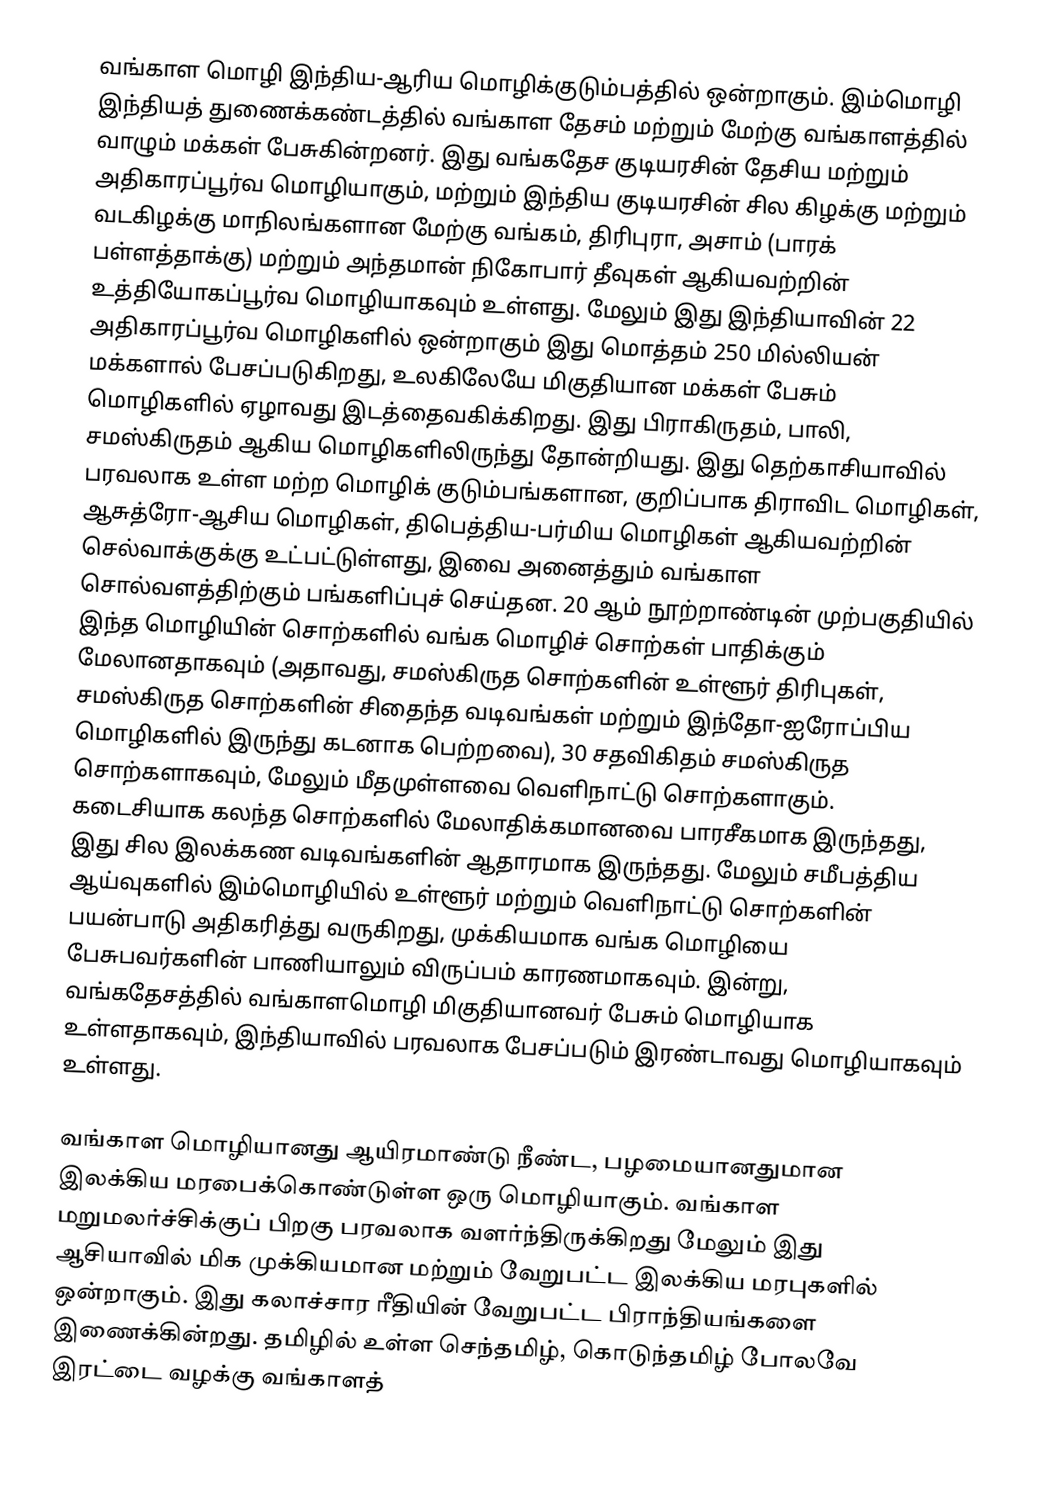
வங்காள மொழி இந்திய-ஆரிய மொழிக்குடும்பத்தில் ஒன்றாகும். இம்மொழி இந்தியத் துணைக்கண்டத்தில் வங்காள தேசம் மற்றும் மேற்கு வங்காளத்தில் வாழும் மக்கள் பேசுகின்றனர். இது வங்கதேச குடியரசின் தேசிய மற்றும் அதிகாரப்பூர்வ மொழியாகும், மற்றும் இந்திய குடியரசின் சில கிழக்கு மற்றும் வடகிழக்கு மாநிலங்களான மேற்கு வங்கம், திரிபுரா, அசாம் (பாரக் பள்ளத்தாக்கு) மற்றும் அந்தமான் நிகோபார் தீவுகள் ஆகியவற்றின் உத்தியோகப்பூர்வ மொழியாகவும் உள்ளது. மேலும் இது இந்தியாவின் 22 அதிகாரப்பூர்வ மொழிகளில் ஒன்றாகும் இது மொத்தம் 250 மில்லியன் மக்களால் பேசப்படுகிறது, உலகிலேயே மிகுதியான மக்கள் பேசும் மொழிகளில் ஏழாவது இடத்தைவகிக்கிறது.  இது பிராகிருதம், பாலி, சமஸ்கிருதம் ஆகிய மொழிகளிலிருந்து தோன்றியது. இது தெற்காசியாவில் பரவலாக உள்ள மற்ற மொழிக் குடும்பங்களான, குறிப்பாக திராவிட மொழிகள், ஆசுத்ரோ-ஆசிய மொழிகள், திபெத்திய-பர்மிய மொழிகள்  ஆகியவற்றின் செல்வாக்குக்கு உட்பட்டுள்ளது, இவை அனைத்தும் வங்காள சொல்வளத்திற்கும் பங்களிப்புச் செய்தன. 20 ஆம் நூற்றாண்டின் முற்பகுதியில் இந்த மொழியின் சொற்களில் வங்க மொழிச் சொற்கள் பாதிக்கும் மேலானதாகவும்  (அதாவது, சமஸ்கிருத சொற்களின் உள்ளூர் திரிபுகள், சமஸ்கிருத சொற்களின் சிதைந்த வடிவங்கள் மற்றும் இந்தோ-ஐரோப்பிய மொழிகளில் இருந்து கடனாக பெற்றவை), 30 சதவிகிதம் சமஸ்கிருத சொற்களாகவும், மேலும் மீதமுள்ளவை வெளிநாட்டு சொற்களாகும்.   கடைசியாக கலந்த சொற்களில்  மேலாதிக்கமானவை பாரசீகமாக இருந்தது, இது சில இலக்கண வடிவங்களின் ஆதாரமாக இருந்தது. மேலும் சமீபத்திய ஆய்வுகளில் இம்மொழியில் உள்ளூர் மற்றும் வெளிநாட்டு சொற்களின் பயன்பாடு அதிகரித்து வருகிறது, முக்கியமாக வங்க மொழியை பேசுபவர்களின் பாணியாலும் விருப்பம் காரணமாகவும்.  இன்று, வங்கதேசத்தில் வங்காளமொழி மிகுதியானவர் பேசும் மொழியாக உள்ளதாகவும், இந்தியாவில் பரவலாக பேசப்படும் இரண்டாவது மொழியாகவும் உள்ளது.

வங்காள மொழியானது ஆயிரமாண்டு நீண்ட, பழமையானதுமான இலக்கிய மரபைக்கொண்டுள்ள ஒரு மொழியாகும்.  வங்காள மறுமலர்ச்சிக்குப் பிறகு பரவலாக வளர்ந்திருக்கிறது மேலும் இது ஆசியாவில் மிக முக்கியமான மற்றும் வேறுபட்ட இலக்கிய மரபுகளில் ஒன்றாகும். இது கலாச்சார ரீதியின் வேறுபட்ட பிராந்தியங்களை இணைக்கின்றது. தமிழில் உள்ள செந்தமிழ், கொடுந்தமிழ் போலவே இரட்டை வழக்கு வங்காளத்